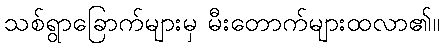
သစ်ရွာခြောက်များမှ မီးတောက်များထလာ၏။